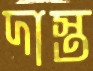
দাস্ত